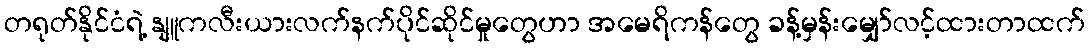
တရုတ်နိုင်ငံရဲ့ နျူကလီးယားလက်နက်ပိုင်ဆိုင်မှုတွေဟာ အမေရိကန်တွေ ခန့်မှန်းမျှော်လင့်ထားတာထက်